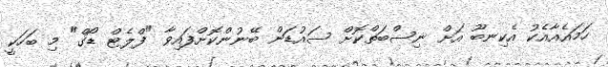
ހަމައެއާއެކު އެކިނބޫ އަށް ނިސްބަތްކޮށް ސައުޑަން ބޭނުންކޮށްފައިވާ "ފްލެޓް ޑޯގް" މި ބަހަކީ